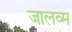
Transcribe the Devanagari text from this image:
जालव्म